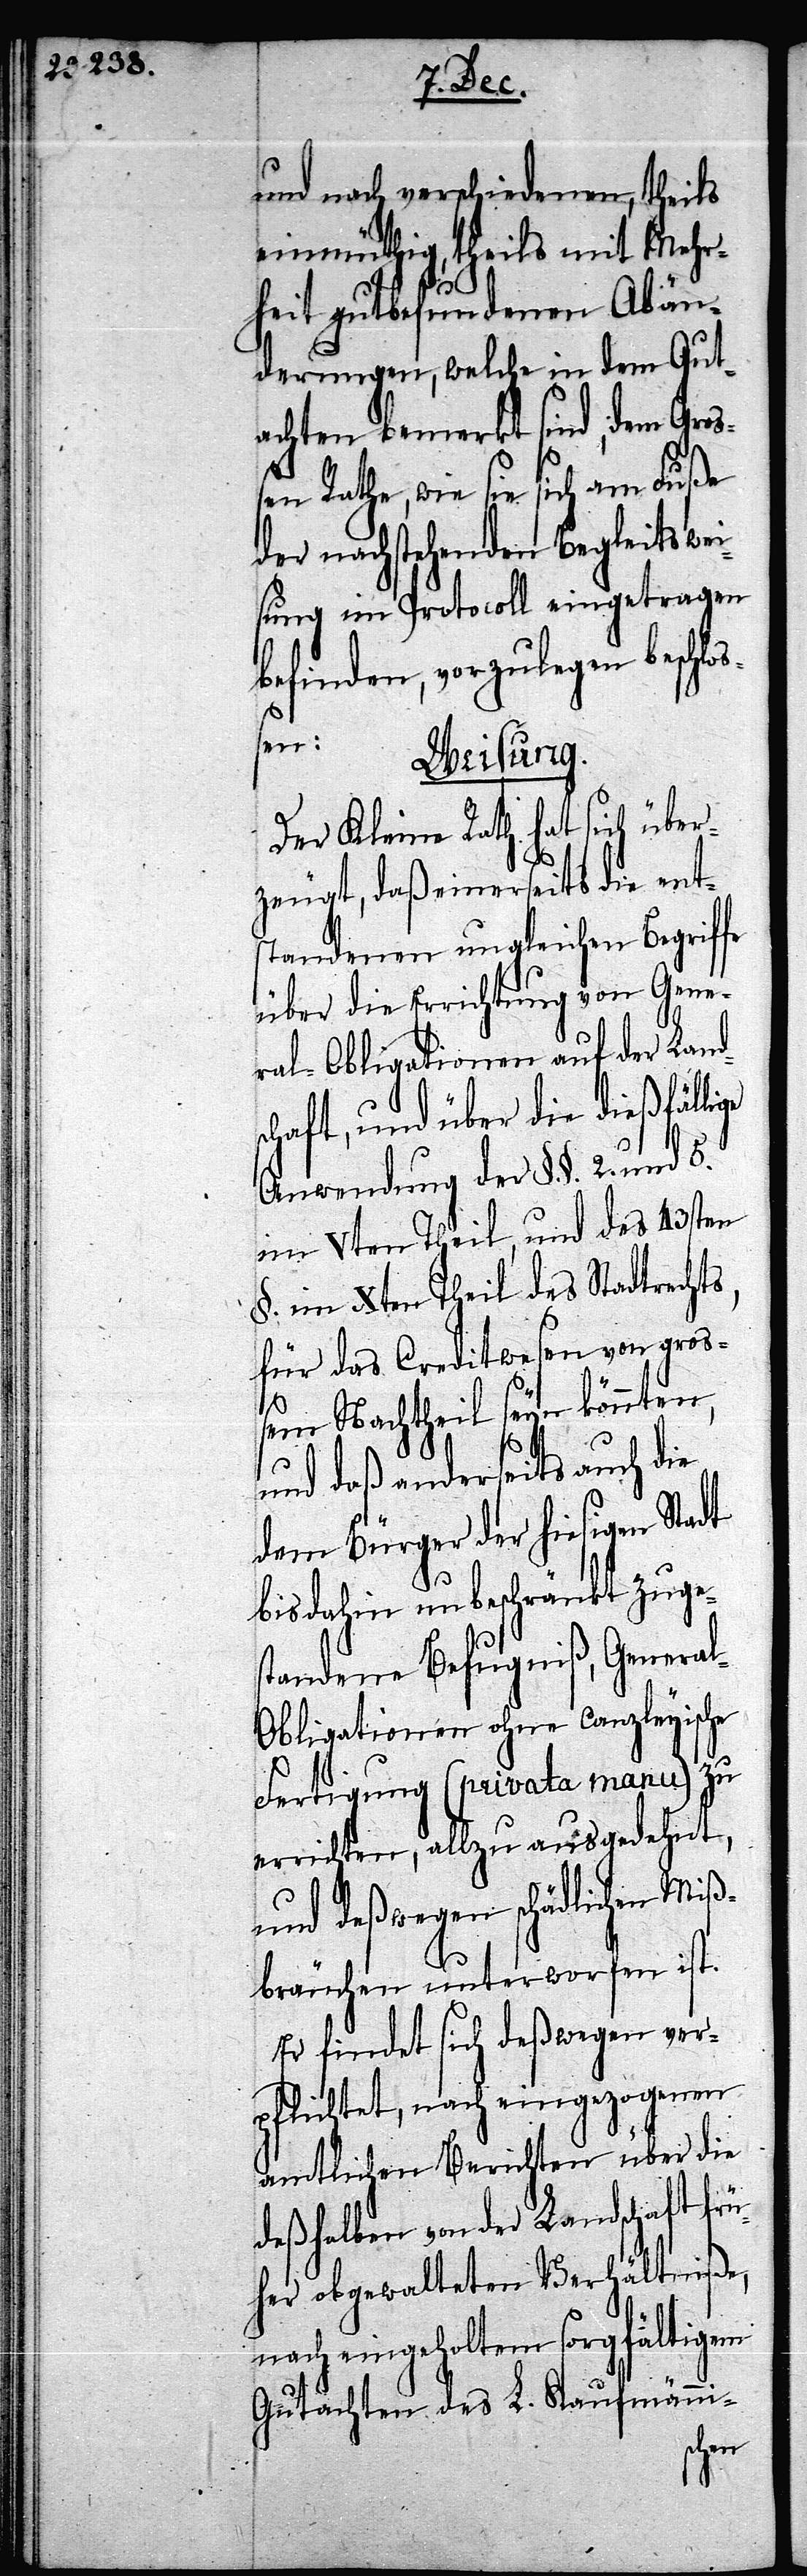
und nach verschiedenen, theils
einmüthig, theils mit Mehr¬
heit gutbefundenen Abän¬
derungen, welche in dem Gut¬
achten bemerkt sind, dem Gro¬
ßen Rathe, wie sie sich am Fuße
der nachstehenden Begleitswei¬
sung im Protocoll eingetragen
befinden, vorzulegen beschloß¬
ge
Weisung.
Der Kleine Rath hat sich über¬
zeugt, daß einerseits die ent¬
standenen ungleichen Begriffe
über die Errichtung von Gene¬
ral-Obligationen auf der Lands¬
chaft, und über die dießfälli¬
Anwendung der §.§. 2. und 5.
im Vten Theil, und des 43sten
§. im Xten Theil des Stadtrechts,
für das Creditwesen von groß¬
em Nachtheil seyn könnten,
und daß anderseits auch die
dem Bürger der hiesigen Stadt
bis dahin unbeschränkt zuges¬
tandene Befugniß, Genera¬
l-Obligationen ohne Canzleyische
Fertigung (privata manu) zu
errichten, allzu ausgedehnt,
und deßwegen schädlichen Miß¬
bräuchen unterworfen ist.
Er findet sich deßwegen ver¬
pflichtet, nach eingezogenen
amtlichen Berichten über die
deßhalben von der Landschaft frü¬
her obgewalteten Verhältniße,
nach eingeholtem sorgfältigem
Gutachten des L. Kaufmänni-